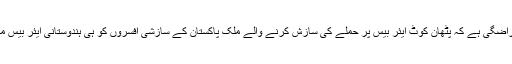
ہندوستانی فضائیہ کو اس بات پر گہری ناراضگی ہے کہ پٹھان کوٹ ایئر بیس پر حملے کی سازش کرنے والے ملک پاکستان کے سازشی افسروں کو ہی ہندوستانی ایئر بیس میںگھسنے کی اجازت کیسے دے دی گئی؟